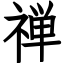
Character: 禅